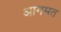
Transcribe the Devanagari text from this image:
आगमत